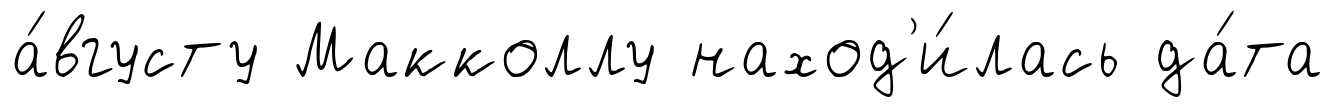
а́вгусту Макколлу наход'и́лась да́та